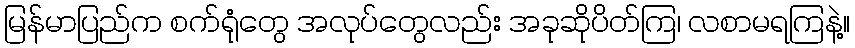
မြန်မာပြည်က စက်ရုံတွေ အလုပ်တွေလည်း အခုဆိုပိတ်ကြ၊ လစာမရကြနဲ့။